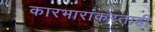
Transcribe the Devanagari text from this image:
कारभारांकरताही